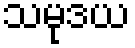
သမုဒယ